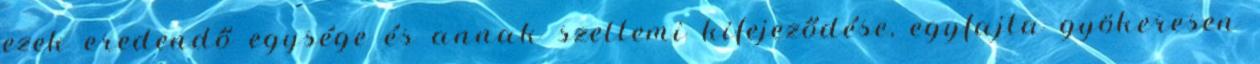
ezek eredendő egysége és annak szellemi kifejeződése, egyfajta gyökeresen